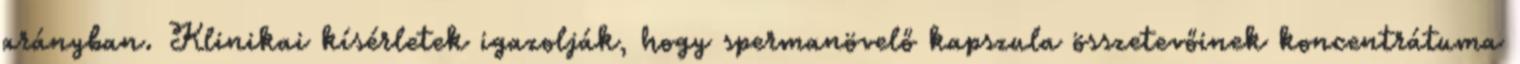
arányban. Klinikai kísérletek igazolják, hogy spermanövelő kapszula összetevőinek koncentrátuma